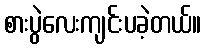
စားပွဲလေးကျင်းပခဲ့တယ်။